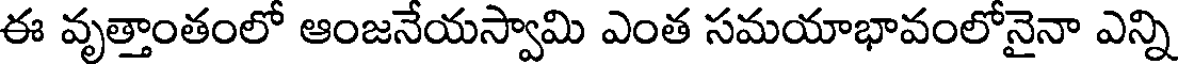
ఈ వృత్తాంతంలో ఆంజనేయస్వామి ఎంత సమయాభావంలోనైనా ఎన్ని